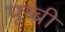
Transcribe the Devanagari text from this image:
पृथ्बी